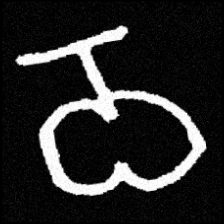
Pyu character \u2014 Myanmar letter: ဝ (romanized: wa)